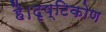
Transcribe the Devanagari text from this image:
है।दृष्टिकोण